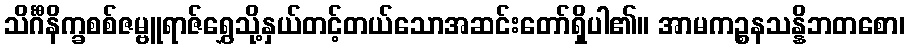
သိင်္ဂီနိက္ခစစ်ဇမ္ဗူရာဇ်ရွှေသို့နှယ်တင့်တယ်သောအဆင်းတော်ရှိပါ၏။ အာမကဉ္စနသန္နိဘတစော၊